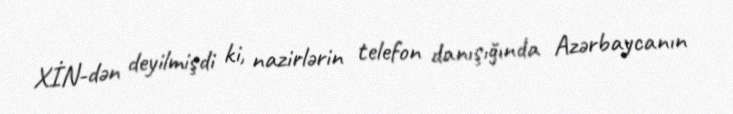
XİN-dən deyilmişdi ki, nazirlərin telefon danışığında Azərbaycanın